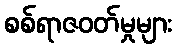
စစ်ရာဇဝတ်မှုများ